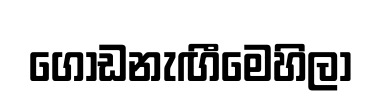
ගොඩනැඟීමෙහිලා